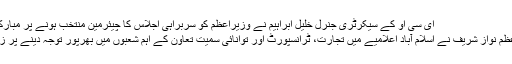
ای سی او کے سیکرٹری جنرل خلیل ابراہیم نے وزیراعظم کو سربراہی اجلاس کا چیئرمین منتخب ہونے پر مبارکباد دی
وزیراعظم نواز شریف نے اسلام آباد اعلامیے میں تجارت، ٹرانسپورٹ اور توانائی سمیت تعاون کے اہم شعبوں میں بھرپور توجہ دینے پر زور دیا۔